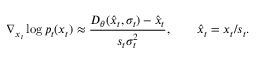
\nabla _ { x _ { t } } \log { p _ { t } ( x _ { t } ) } \approx \frac { D _ { \theta } ( \hat { x } _ { t } , \sigma _ { t } ) - \hat { x } _ { t } } { s _ { t } \sigma _ { t } ^ { 2 } } , \qquad \hat { x } _ { t } = x _ { t } / s _ { t } .